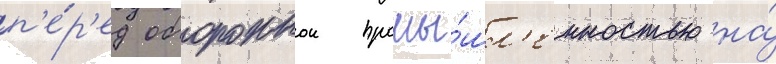
п'е́р'ед обороннои промы́шл'енностью на́